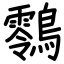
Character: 䴇